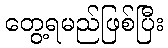
တွေ့ရမည်ဖြစ်ပြီး